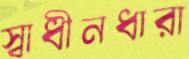
স্বাধীনধারা